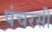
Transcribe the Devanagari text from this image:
पंचरसी